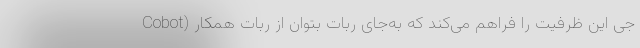
جی این ظرفیت را فراهم می‌کند که به‌جای ربات بتوان از ربات همکار (Cobot